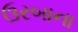
ઉરબાના